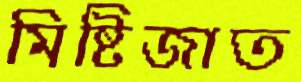
মিষ্টিজাত